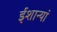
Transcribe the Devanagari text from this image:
ईशान्यां